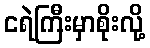
ငရဲကြီးမှာစိုးလို့